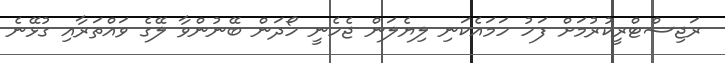
ރަޖިސްޓްރީކުރުމަށް ފަހު ހަމައެކަނި ލިޔެލަން ޖެހެނީ ހޯދަން ބޭނުންވާ ލޭގެ ވައްތަރާއި ގުޅޭނެ